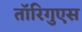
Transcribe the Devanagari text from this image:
तॉरिगुएस